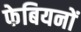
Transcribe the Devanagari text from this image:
फेबियनों